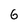
Character: 6